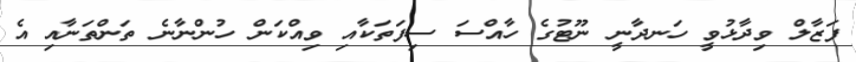
ފަޒާލް ވިދާޅުވީ ހަނދާނީ ނޫޓުގެ ހާއްސަ ސިފަތަކާއި ވިއްކަން ހުންނާނެ ތަންތަނާއި އެ